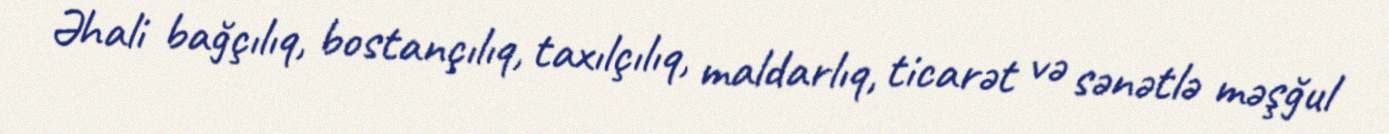
Əhali bağçılıq, bostançılıq, taxılçılıq, maldarlıq, ticarət və sənətlə məşğul